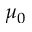
\mu _ { 0 }